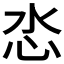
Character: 𢗨